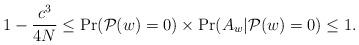
LaTeX: \begin{align*}1 - \frac{c^3}{4N} \leq \Pr({\cal P}(w)=0) \times \Pr(A_w | {\cal P}(w)=0) \leq 1.\end{align*}